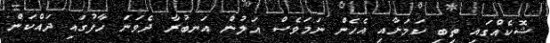
ޝޮކެއްގައި ތިބި ކަމަށާއި އެހެން ނަމަވެސް އަލުން އަނބުރާ ދެވަނަ ހާފުގައި ދައްކަން